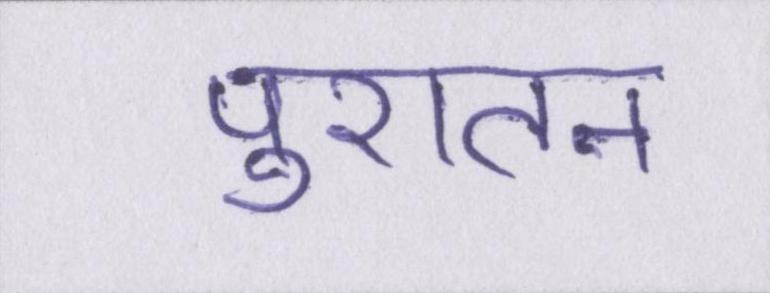
पुरातन